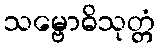
သမ္ဗောဓိသုတ္တံ